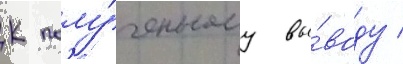
К полу́ченному вы́воду /